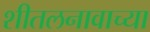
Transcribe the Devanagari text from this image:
शीतलनावाच्या